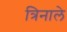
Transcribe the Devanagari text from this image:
त्रिनाले